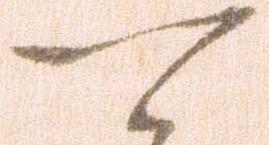
可